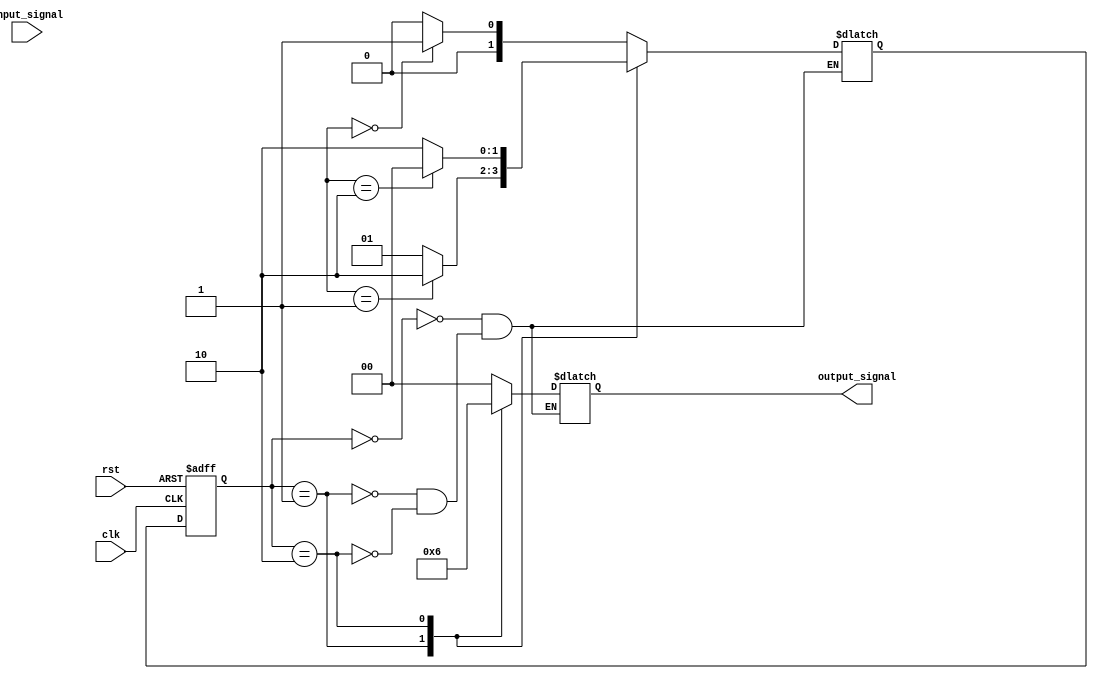
module fsm (
    input clk,
    input rst,
    input [1:0] input_signal,
    output reg [1:0] output_signal
);

// Define states using an enumeration
parameter S0 = 2'b00;
parameter S1 = 2'b01;
parameter S2 = 2'b10;

// Define state register
reg [1:0] state_reg, next_state;

// Define inputs and outputs
reg [1:0] input_reg;
wire [1:0] output_wire;

// Define transitions between states
always @(*)
begin
    case(state_reg)
        S0: begin
            if(input_reg == 2'b00)
                next_state = S1;
            else
                next_state = S0;
        end
        S1: begin
            if(input_reg == 2'b01)
                next_state = S2;
            else
                next_state = S1;
        end
        S2: begin
            if(input_reg == 2'b10)
                next_state = S0;
            else
                next_state = S2;
        end
    endcase
end

// Logic for each state
always @(*)
begin
    case(state_reg)
        S0: output_wire = 2'b00;
        S1: output_wire = 2'b01;
        S2: output_wire = 2'b10;
    endcase
end

// State machine process
always @(posedge clk or posedge rst)
begin
    if(rst)
        state_reg <= S0;
    else
        state_reg <= next_state;
end

// Assign outputs
assign output_signal = output_wire;

endmodule